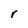
Character: r